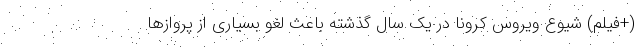
(+فیلم) شیوع ویروس کرونا در یک سال گذشته باعث لغو بسیاری از پروازها